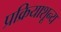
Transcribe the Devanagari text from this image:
प्रक्रियाशून्‍य